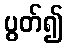
ပွတ်၍